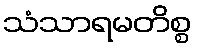
သံသာရမတိစ္စ